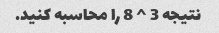
نتیجه 3 ^ 8 را محاسبه کنید.